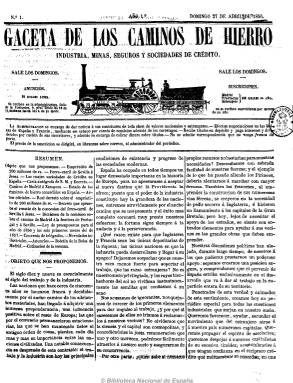
Título: Gaceta de los caminos de hierro
Otros títulos: Gaceta de los caminos de hierro de España y de Portugal
Colección: Ferrocarriles || Periódicos
Ámbito geográfico: Madrid
Lugar de publicación: Madrid
Fechas: 01/01/1856-01/06/1934

Fundada y dirigida por Gustavo Hubbard, autor de varias obras sobre demografía española y con intereses ferroviarios en el noroeste del país, comienza a publicarse el 27 de abril de 1856, siguiendo el modelo francés del Journal des chemins de fer, siendo uno de los periódicos pioneros especializados sobre el sector y fuente hemerográfica desde los inicios del trazado ferroviario en la península ibérica hasta el final de su existencia, en 1936.

Pero no sólo se dedica a ofrecer contenidos del sector ferroviario, sino de los de la “industria, minas, seguros y sociedades de crédito”, tal como indica su subtítulo, que irá variando a lo largo de los años.

Con un grabado que representa un convoy ferroviario acompañando a su cabecera, es un semanario que aparece los domingos en números de dieciséis páginas (en algunas ocasiones tendrá doce), y que mantiene una estructura similar de contenidos divididos en secciones prácticamente inalterables en su larga vida. Tras el sumario, comienza con un artículo editorial sobre temas de actualidad y a continuación ofrece documentos oficiales (leyes, decretos, reglamentos, avisos, etc.). Publica asimismo noticias de actualidad ferroviaria tanto de España y sus regiones y provincias como del extranjero; una crónica general o miscelánea, con artículos de carácter técnico; novedades bibliográficas; subastas y concursos; guías de accionistas de empresas; cotizaciones en bolsa, y anuncios comerciales.

Asimismo da cabida a revistas de prensa, especialmente extranjera, resúmenes de memorias anuales y estatutos de sociedades mercantiles y crónicas de los debates parlamentarios sobre asuntos ferroviarios, económicos, industriales, etc. Aporta abundante información sobre las juntas de accionistas de las compañías, tramitación de asuntos, inauguraciones, estadísticas, horarios, tasas, circulación, avances técnicos y materiales, y también sobre asuntos sociales e históricos.

En la década de los sesenta se refunden en ella otras publicaciones del mismo carácter: Revista peninsular-ultramarina de caminos de hierro… (1857-1866), El siglo industrial (1863-1865) y Revista de los ferro-carriles españoles (1867). En esta época adquiere su propiedad y toma su dirección Francisco Javier de Bona, y después, y hasta 1921, Juan Eloy de Bona, y contará con algunos corresponsales en provincias y en el extranjero.

A partir de 1858 acompaña también al subtítulo el sector del gas; el siete de marzo de 1868, suprime industria y añade navegación y bancos; un año después agrega telégrafos; el 21 de agosto de 1871 incluye canales; el 19 de julio de 1883 modifica su título a: Gaceta de los caminos de hierro de España y Portugal, y el 10 de enero de 1886, añade a su cabecera el sector de comercio. También modificó su tamaño en 1862 y 1891, y no sólo se dedica a contenidos sobre los ferrocarriles de vía ancha y estrecha, sino también a los mineros y los militares y a los tranvías locales.

Fue defensor de los intereses del lobby de las grandes compañías ferroviarias que operaron en España y actuó como portavoz de la Compañía General de Crédito. Tras dirigirlo Juan F. de Bona, finalmente lo hará el abogado Antonio de Cachavera, subtitulándose al final como “revista técnica y profesional”.

Con escasas ilustraciones, a partir del siglo XX destacan sobre todo las que acompañan a sus anuncios publicitarios. Cada año publicó un índice y contó con imprenta y editorial propia. Raúl González Sanz inició el estudio de esta publicación en el IV Congreso de Historia Ferroviaria (2006).